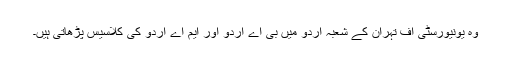
وہ یونیورسٹی آف تہران کے شعبۂ اردو میں بی اے اردو اور ایم اے اردو کی کلاسیس پڑھاتی ہیں۔